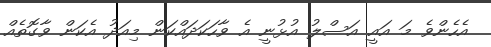
އެހެންވެ މަ އައީ އަސްލު އުޅުނީ އެ ވާހަކަދައްކަން މިއަދު އެކަން ވާގޮތެއް